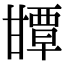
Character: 㽑